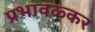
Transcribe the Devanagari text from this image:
प्रभावळ्कर